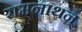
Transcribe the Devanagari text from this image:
रामनाथन्